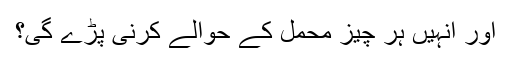
اور انہیں ہر چیز محمل کے حوالے کرنی پڑے گی؟